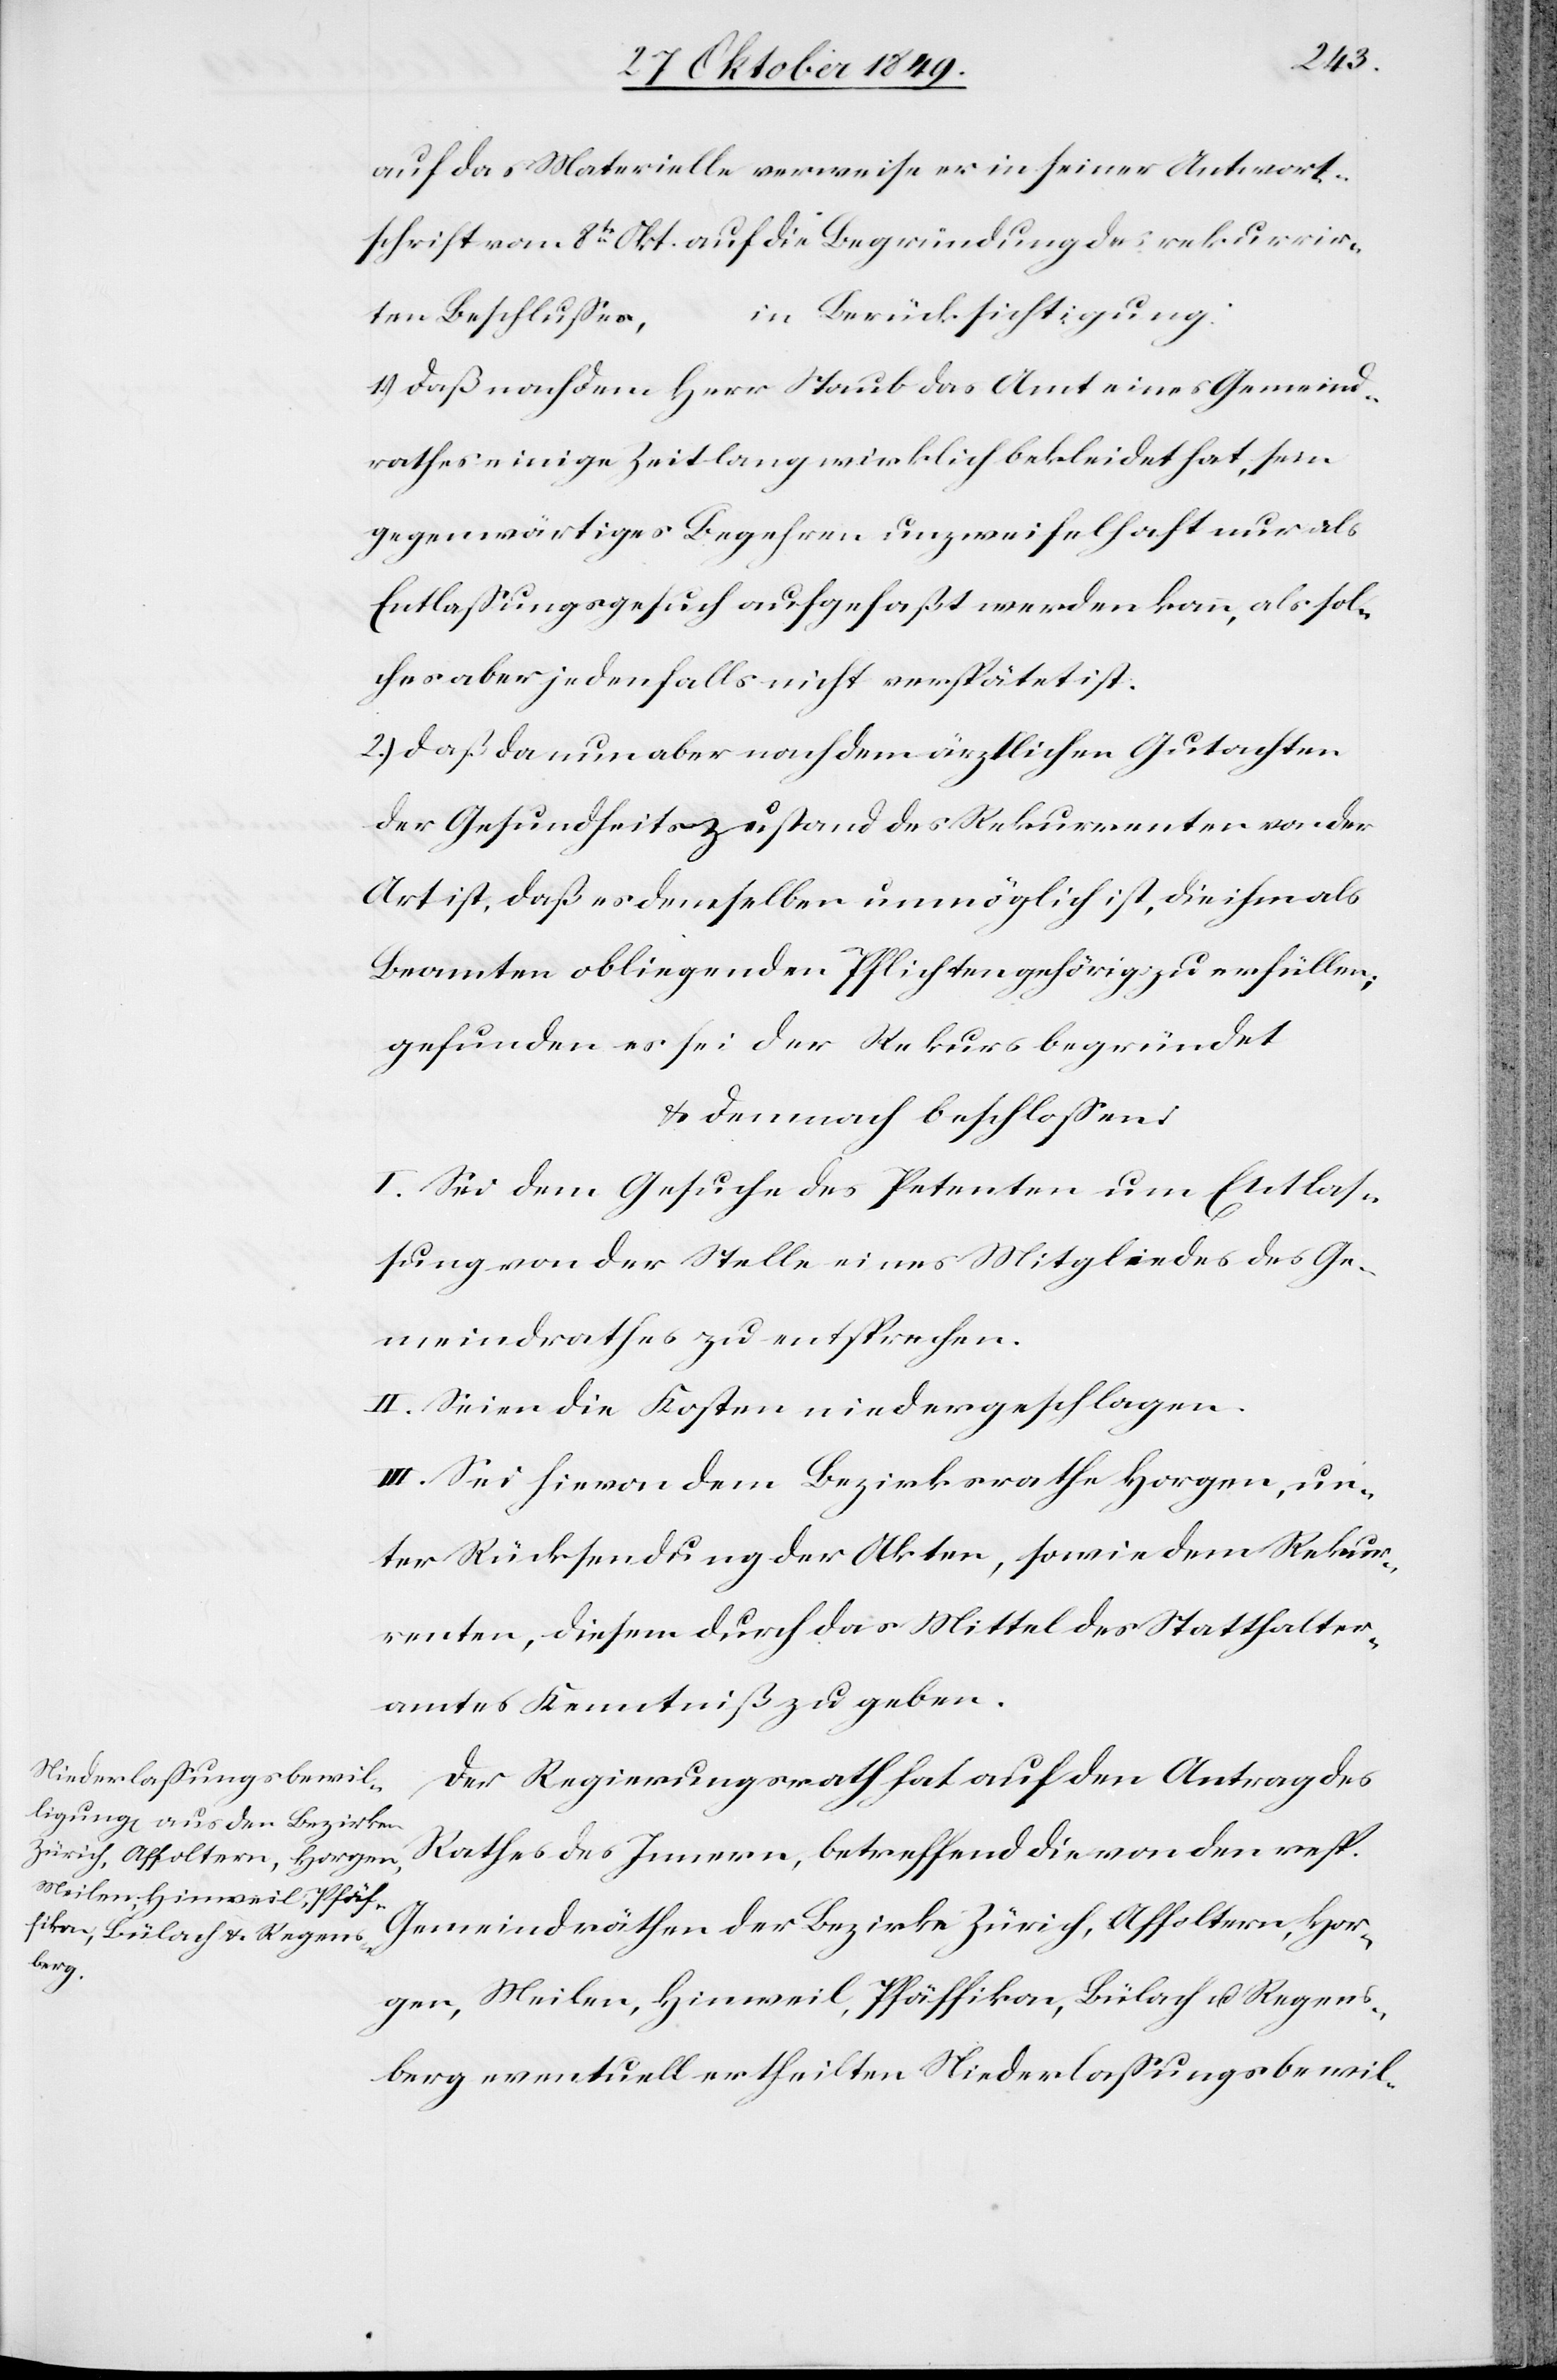
auf das Materielle verweise er in seiner Antwort¬
schrift vom 8t Okt. auf die Begründung des rekurrir¬
in Berücksichtigung:
ten Beschlußes,
1.) daß nachdem Herr Staub das Amt eines Gemeind¬
rathes einige Zeit lang wirklich bekleidet hat, sein
gegenwärtiges Begehren unzweifelhaft nur als
Entlaßungsgesuch aufgefaßt werden kann, als sol¬
ches aber jedenfalls nicht verspätet ist.
2.) daß da nun aber nach dem ärztlichen Gutachten
der Gesundheitszustand des Rekurrenten von der
Art ist, daß es demselben unmöglich ist, die ihm als
Beamten obliegenden Pflichten gehörig zu erfüllen;
gefunden es sei der Rekurs begründet
u. demnach beschloßen:
I. Sei dem Gesuche des Petenten um Entlaß¬
ung von der Stelle eines Mitgliedes des Ge¬
meindrathes zu entsprechen.
II. Seien die Kosten niedergeschlagen.
III. Sei hievon dem Bezirksrathe Horgen, un¬
ter Rücksendung der Akten, sowie dem Rekur¬
renten, diesem durch das Mittel des Statthalter¬
amtes Kenntniß zu geben.
Der Regierungsrath hat auf den Antrag des
Rathes des Innern, betreffend die von den resp.
Gemeindräthen der Bezirke Zürich, Affoltern, Hor¬
gen, Meilen, Hinweil, Pfäffikon, Bülach u. Regens¬
berg eventuell ertheilten Niederlaßungsbewil-